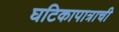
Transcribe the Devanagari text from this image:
घटिकापात्राची